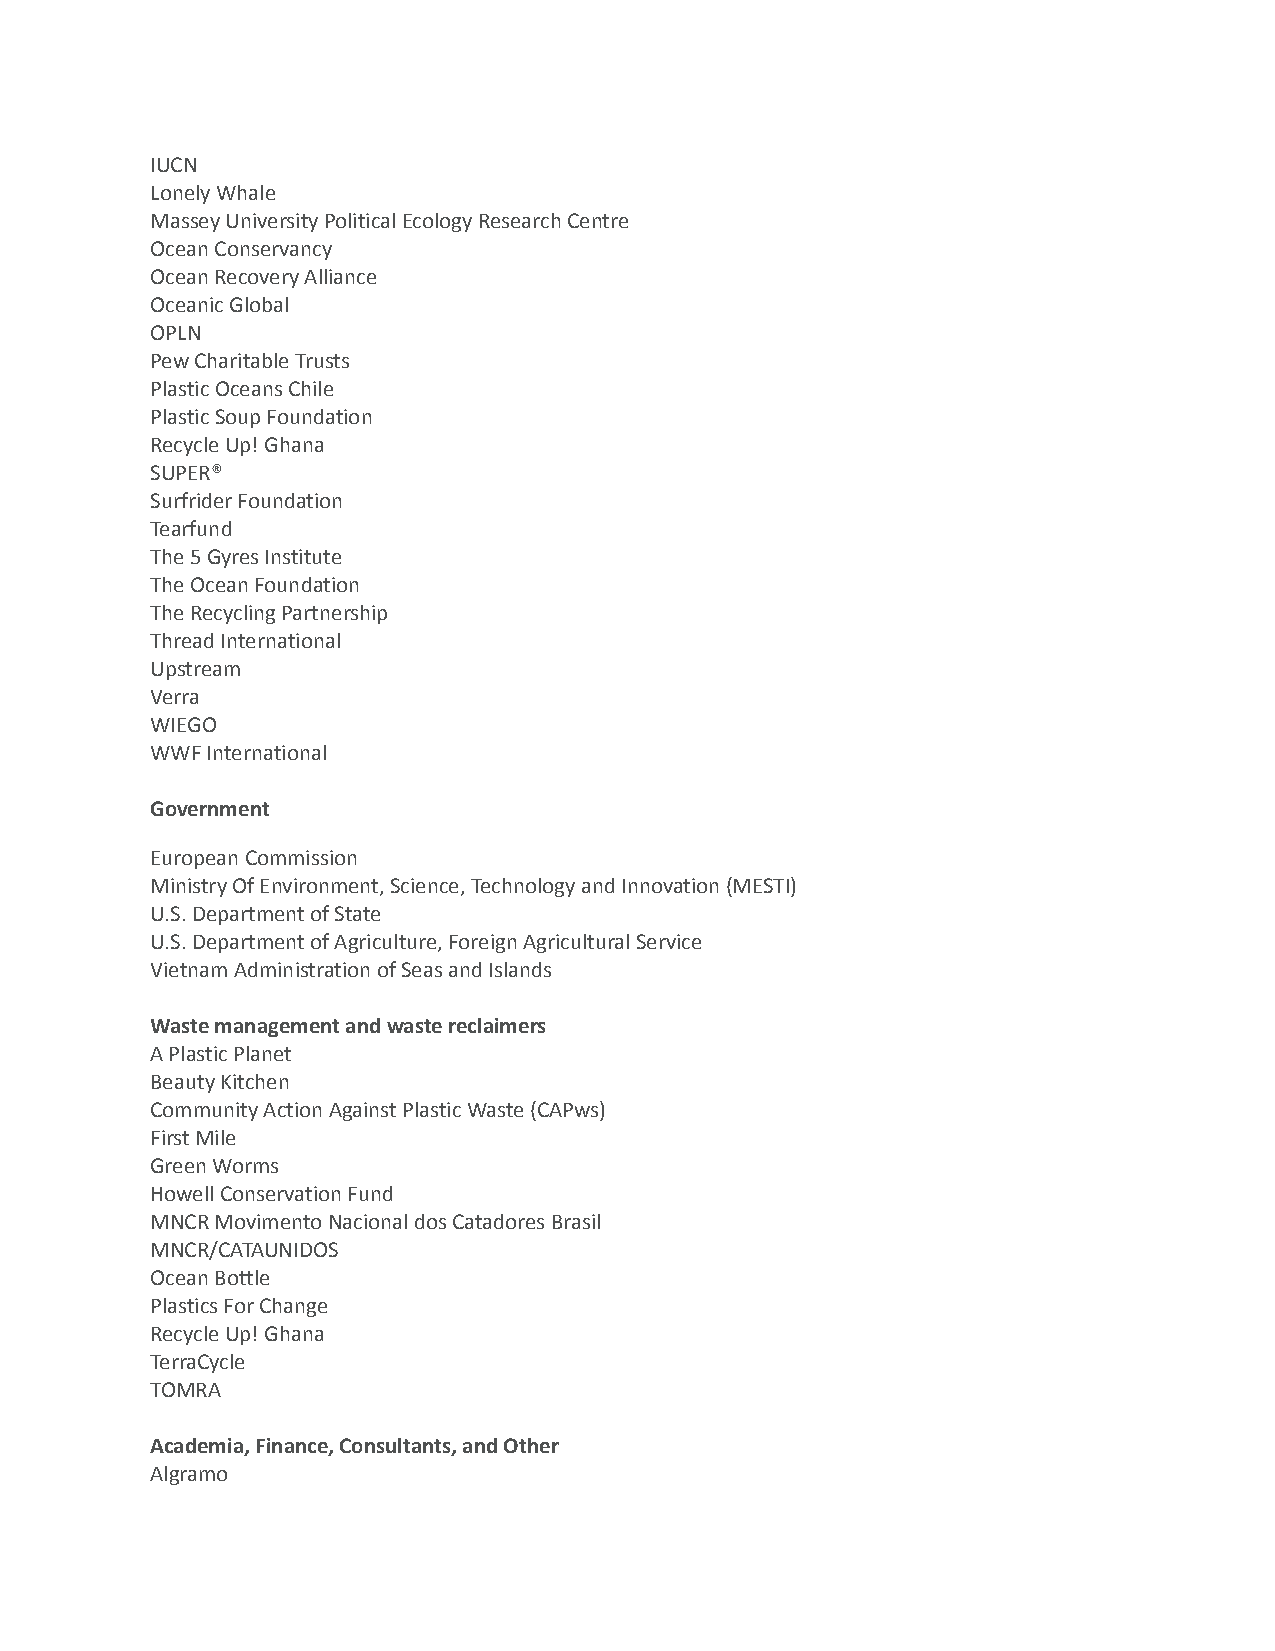
IUCN
 Lonely Whale
 Massey University Political Ecology Research Centre
 Ocean Conservancy
 Ocean Recovery Alliance
 Oceanic Global
 OPLN
 Pew Charitable Trusts
 Plastic Oceans Chile
 Plastic Soup Foundation
 Recycle Up! Ghana
 SUPER®
 Surfrider Foundation
 Tearfund
 The 5 Gyres Institute
 The Ocean Foundation
 The Recycling Partnership
 Thread International
 Upstream
 Verra
 WIEGO
 WWF International
 Government
 European Commission
 Ministry Of Environment, Science, Technology and Innovation (MESTI)
 U.S. Department of State
 U.S. Department of Agriculture, Foreign Agricultural Service
 Vietnam Administration of Seas and Islands
 Waste management and waste reclaimers
 A Plastic Planet
 Beauty Kitchen
 Community Action Against Plastic Waste (CAPws)
 First Mile
 Green Worms
 Howell Conservation Fund
 MNCR Movimento Nacional dos Catadores Brasil
 MNCR/CATAUNIDOS
 Ocean Bottle
 Plastics For Change
 Recycle Up! Ghana
 TerraCycle
 TOMRA
 Academia, Finance, Consultants, and Other
 Algramo